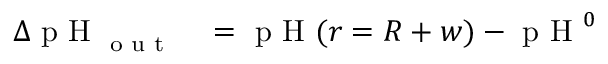
\begin{array} { r l } { \Delta \textrm { p H } _ { \textrm { o u t } } } & { { } = \textrm { p H } ( r = R + w ) - \textrm { p H } ^ { 0 } } \end{array}